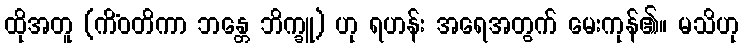
ထိုအတူ (ကိံဝတိကာ ဘန္တေ ဘိက္ခူ) ဟု ရဟန်း အရေအတွက် မေးကုန်၏။ မသိဟု